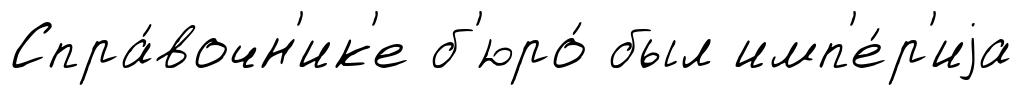
Спра́вочн'ик'е б'юро́ был имп'е́р'иjа